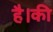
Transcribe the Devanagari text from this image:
है।की